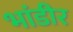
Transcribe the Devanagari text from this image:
भांडीर